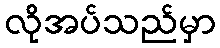
လိုအပ်သည်မှာ